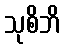
သုစိဘိ